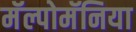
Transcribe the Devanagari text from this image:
मॅल्पोमॅनिया